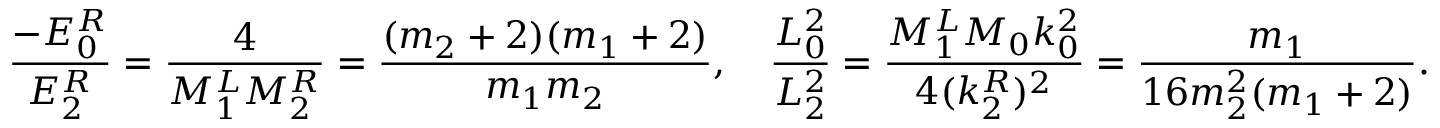
\frac { - E _ { 0 } ^ { R } } { E _ { 2 } ^ { R } } = \frac { 4 } { M _ { 1 } ^ { L } M _ { 2 } ^ { R } } = \frac { ( m _ { 2 } + 2 ) ( m _ { 1 } + 2 ) } { m _ { 1 } m _ { 2 } } , \quad \frac { L _ { 0 } ^ { 2 } } { L _ { 2 } ^ { 2 } } = \frac { M _ { 1 } ^ { L } M _ { 0 } k _ { 0 } ^ { 2 } } { 4 ( k _ { 2 } ^ { R } ) ^ { 2 } } = \frac { m _ { 1 } } { 1 6 m _ { 2 } ^ { 2 } ( m _ { 1 } + 2 ) } .